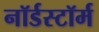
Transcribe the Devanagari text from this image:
नॉर्डस्टॉर्म